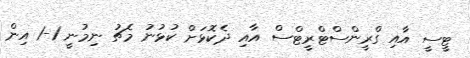
ޓީސީ އާއި ގްރީންސްޓްރީޓްސް އާއި ދެކޮޅަށް ކުޅުނު މެޗު ނިމުނީ 1-1 އިން